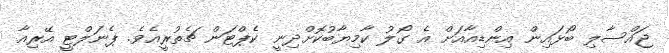
ޖައްސާލި ބޯޅައިން އިންޑިއާއަށް އެ ގޯލު ކާމިޔާބުކޮށްދިނީ ކެޕްޓަން ޗެތުރީއެވެ. ޕެނަލްޓީ އޭރިއާ